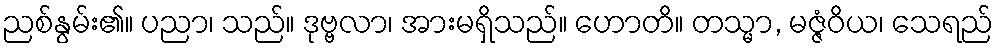
ညစ်နွမ်း၏။ ပညာ၊ သည်။ ဒုဗ္ဗလာ၊ အားမရှိသည်။ ဟောတိ။ တသ္မာ, မဇ္ဇံဝိယ၊ သေရည်